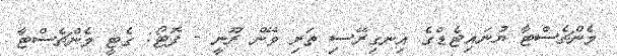
މެންޗެސްޓާ ޔުނައިޓެޑްގެ އިނގިރޭސި ތަރި ވޭން ރޫނީ - ފޮޓޯ: ގެޓީ މެންޗެސްޓާ